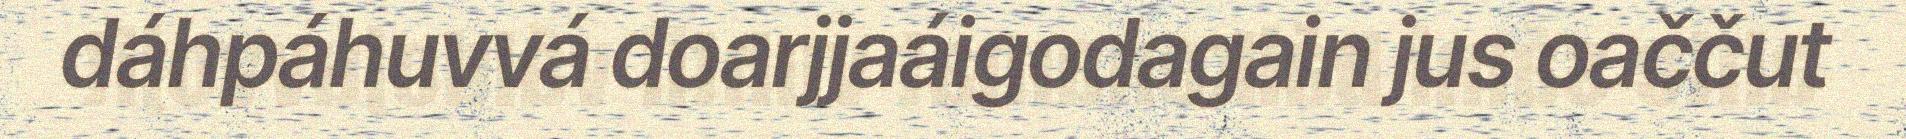
dáhpáhuvvá doarjjaáigodagain jus oaččut